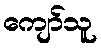
ကျော်သူ